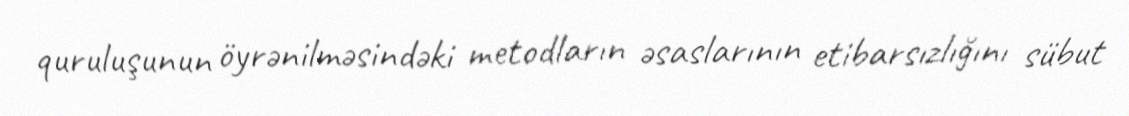
quruluşunun öyrənilməsindəki metodların əsaslarının etibarsızlığını sübut